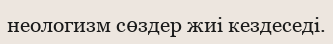
неологизм сөздер жиі кездеседі.